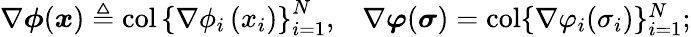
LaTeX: \begin{array}{ll}{\nabla\boldsymbol{\phi}(\boldsymbol{x})\triangleq\operatorname{col}\left\{ \nabla\phi_{i}\left(x_{i}\right)\right\} _{i=1}^{N},}&{\nabla\boldsymbol{\varphi}(\boldsymbol{\sigma})=\operatorname{col}\{ \nabla\varphi_{i}(\sigma_{i})\} _{i=1}^{N};}\end{array}